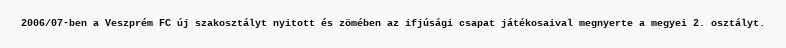
2006/07-ben a Veszprém FC új szakosztályt nyitott és zömében az ifjúsági csapat játékosaival megnyerte a megyei 2. osztályt.